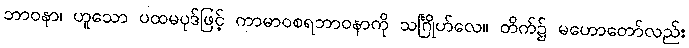
ဘာဝနာ၊ ဟူသော ပထမပုဒ်ဖြင့် ကာမာဝစရဘာဝနာကို သင်္ဂြိုဟ်လေ။ တိက်၌ မဟောတော်လည်း